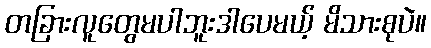
တခြားလူတွေမပါဘူးဒါပေမယ့် မိသားစုပဲ။